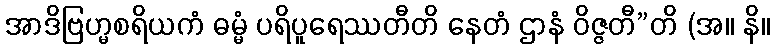
အာဒိဗြဟ္မစရိယကံ ဓမ္မံ ပရိပူရေဿတီတိ နေတံ ဌာနံ ဝိဇ္ဇတီ”တိ (အ။ နိ။